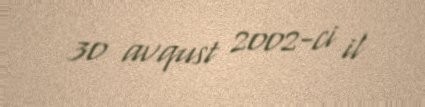
30 avqust 2002-ci il